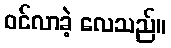
ဝင်လာခဲ့ လေသည်။